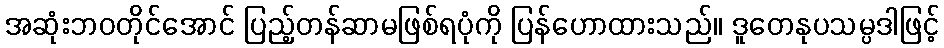
အဆုံးဘဝတိုင်အောင် ပြည့်တန်ဆာမဖြစ်ရပုံကို ပြန်ဟောထားသည်။ ဒူတေနုပသမ္ပဒါဖြင့်